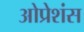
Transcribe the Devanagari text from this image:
ओप्रेशंस